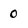
Character: 0